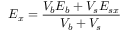
E _ { x } = \frac { V _ { b } E _ { b } + V _ { s } E _ { s x } } { V _ { b } + V _ { s } }